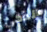
الذكي